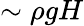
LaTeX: \sim\rho gH